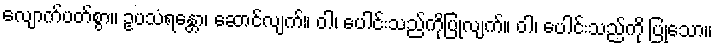
လျောက်ပတ်စွာ။ ဥပသံရန္တော၊ ဆောင်လျက်။ ဝါ၊ ပေါင်းသည်ကိုပြုလျက်။ ဝါ၊ ပေါင်းသည်ကို ပြုသော။